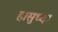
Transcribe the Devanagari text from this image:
हासुध्दा